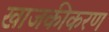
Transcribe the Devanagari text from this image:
खाजकीकरण